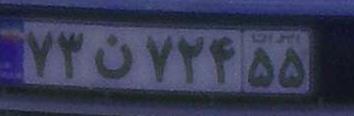
۷۳ن۷۲۴۵۵